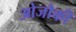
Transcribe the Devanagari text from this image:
ओजौकी